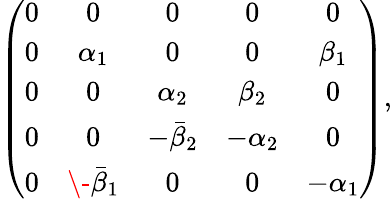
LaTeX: \left(\begin{array}{ccccc}{{0}}&{{0}}&{{0}}&{{0}}&{{0}}\\ {{0}}&{{\alpha_{1}}}&{{0}}&{{0}}&{{\beta_{1}}}\\ {{0}}&{{0}}&{{\alpha_{2}}}&{{\beta_{2}}}&{{0}}\\ {{0}}&{{0}}&{{-{\bar{\beta}}_{2}}}&{{-\alpha_{2}}}&{{0}}\\ {{0}}&{{\- {\bar{\beta}}_{1}}}&{{0}}&{{0}}&{{-\alpha_{1}}}\end{array}\right),